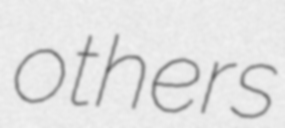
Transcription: others